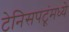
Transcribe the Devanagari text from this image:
टेनिसपटूंमध्ये